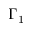
\Gamma _ { 1 }